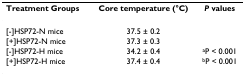
<table><thead><tr><td><b>Treatment Groups</b></td><td><b>Core temperature (°C)</b></td><td><b><i>P </i>values</b></td></tr></thead><tbody><tr><td>[-]HSP72-N mice</td><td>37.5 ± 0.2</td><td></td></tr><tr><td>[+]HSP72-N mice</td><td>37.3 ± 0.3</td><td></td></tr><tr><td>[-]HSP72-H mice</td><td>34.2 ± 0.4</td><td><sup>a</sup>P &lt; 0.001</td></tr><tr><td>[+]HSP72-H mice</td><td>37.4 ± 0.4</td><td><sup>b</sup>P &lt; 0.001</td></tr></tbody></table>